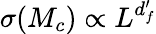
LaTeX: \sigma(M_{c})\propto L^{d_{f}^{\prime}}